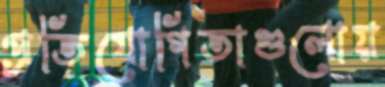
প্রতিযোগিতাগুলোয়